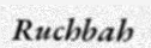
Ruchbah